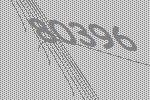
80396